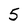
Character: 5